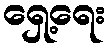
ရှေ့ရေး